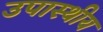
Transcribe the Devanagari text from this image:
उपास्थीय